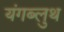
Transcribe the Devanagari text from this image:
यंगब्लुथ